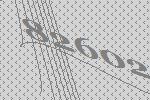
82602